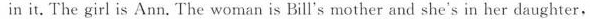
in it. The girl is Ann. The woman is Bill's mother and she's in her daughter,